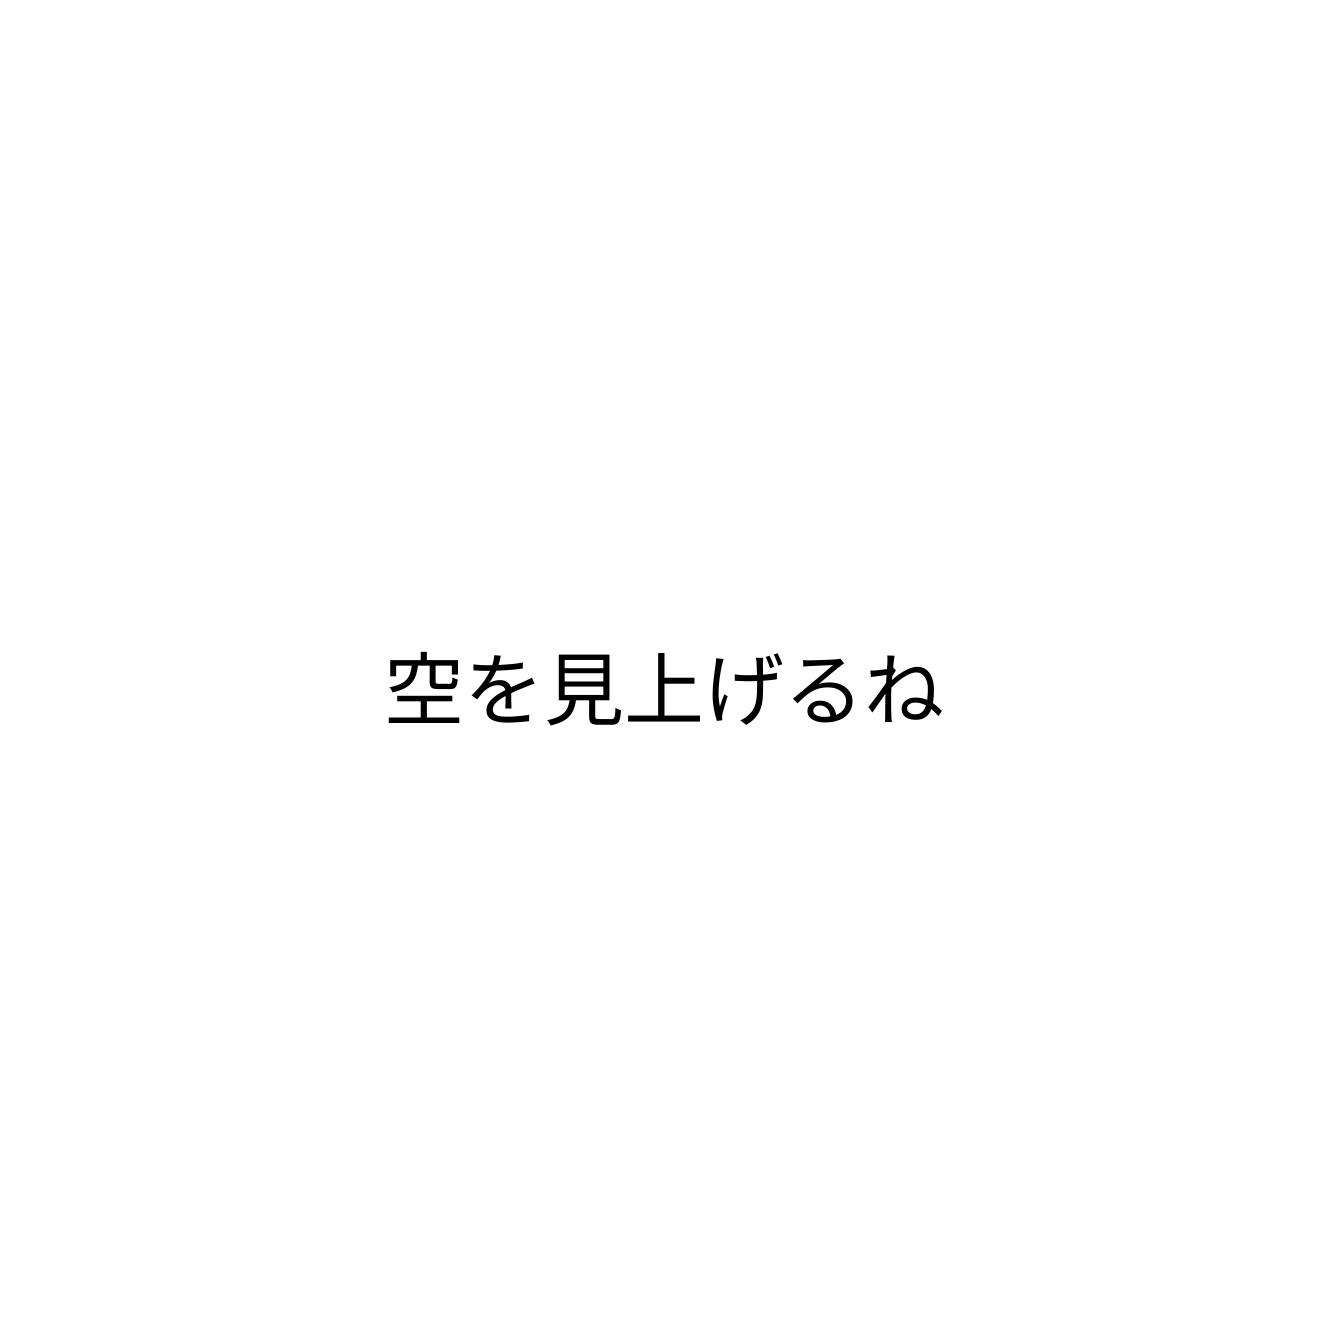
空を見上げるね